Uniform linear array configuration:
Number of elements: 12
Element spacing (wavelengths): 0.5
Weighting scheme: hamming
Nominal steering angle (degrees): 60
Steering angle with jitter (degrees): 59.999
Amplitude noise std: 0.05
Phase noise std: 0.05

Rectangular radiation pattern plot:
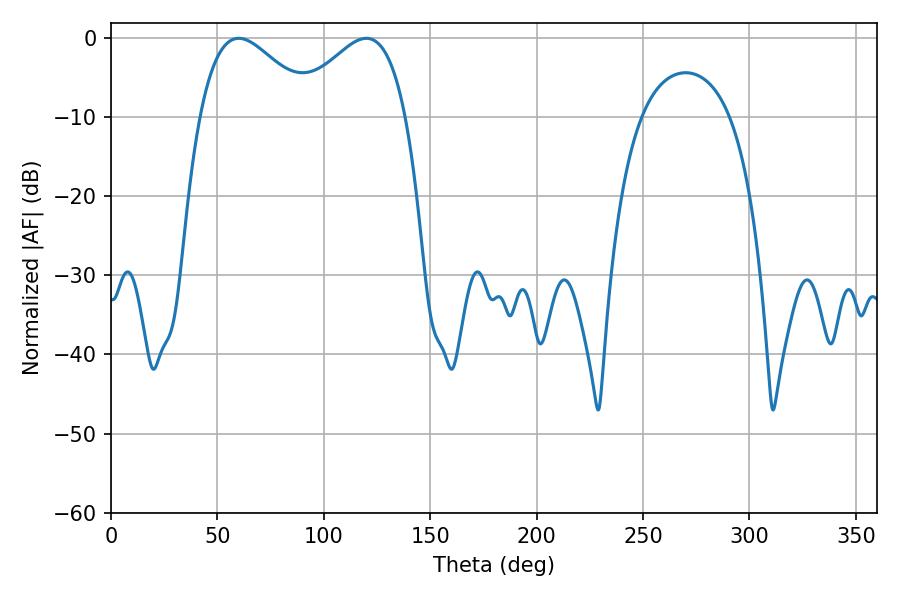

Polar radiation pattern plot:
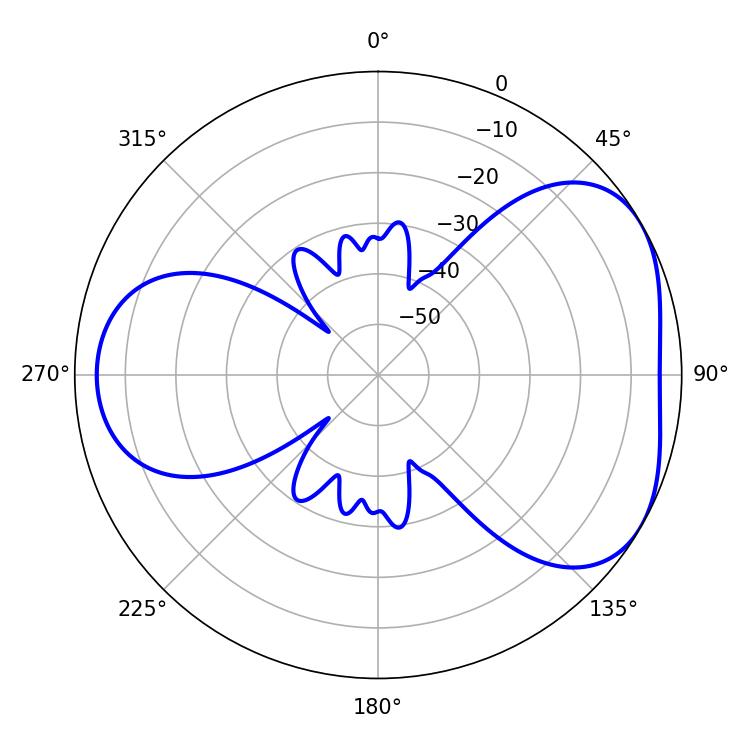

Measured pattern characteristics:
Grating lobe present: FALSE
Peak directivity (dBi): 4.36
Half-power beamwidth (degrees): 28.98
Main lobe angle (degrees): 59.94